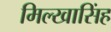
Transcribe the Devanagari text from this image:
मिल्खासिंह